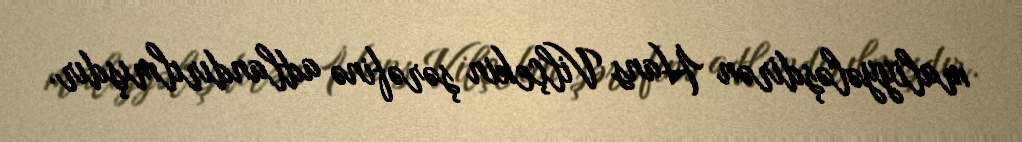
maliyyələşdirən Hans Vilçekin şərəfinə adlandırılmışdır.